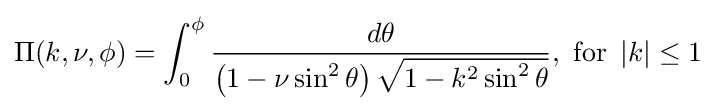
\Pi (k,\nu ,\phi )=\int _{0}^{\phi }{\frac {d\theta }{\left(1-\nu \sin ^{2}\theta \right){\sqrt {1-k^{2}\sin ^{2}\theta }}}},{\text{ for }}\left|k\right|\leq 1